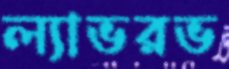
ল্যাভরভ